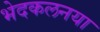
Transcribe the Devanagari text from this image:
भेदकलनया